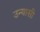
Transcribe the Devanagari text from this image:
उन्यासी